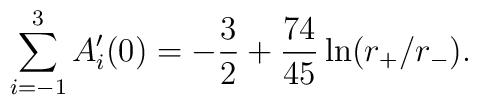
\sum_{i=-1}^{3}A_{i}'(0)=-{3\over 2}+{74\over 45}\ln(r_{+}/r_{-}) .